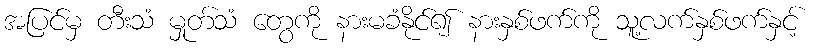
အပြင်မှ တီးသံ မှုတ်သံ တွေကို နားမခံနိုင်၍ နားနှစ်ဖက်ကို သူ့လက်နှစ်ဖက်နှင့်